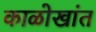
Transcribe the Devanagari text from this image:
काळोखांत